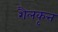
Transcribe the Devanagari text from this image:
शैलकृत्त